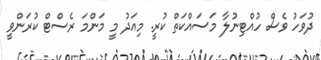
ދުވަހު ވެސް ހުއްޓިނުލާ މަސައްކަތް ކުރީ. މިއަދު މީ މަންމަ ރެސްޓް ކުރަންވީ